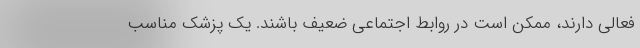
‌فعالی دارند، ممکن است در روابط اجتماعی ضعیف باشند. یک پزشک مناسب